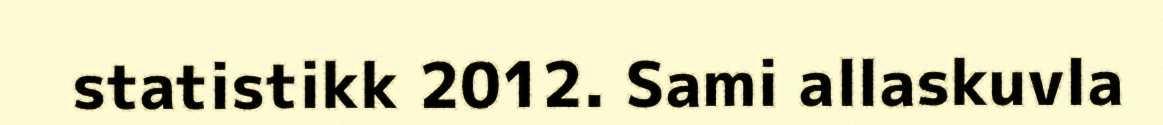
statistikk 2012. Sami allaskuvla